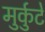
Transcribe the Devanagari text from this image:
मुर्कुटे